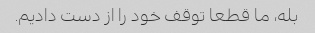
بله، ما قطعا توقف خود را از دست دادیم.